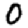
Digit: 0